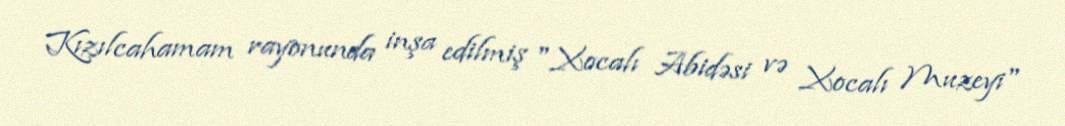
Kızılcahamam rayonunda inşa edilmiş "Xocalı Abidəsi və Xocalı Muzeyi"